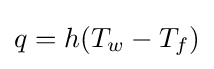
q=h(T_{w}-T_{f})